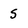
Character: S